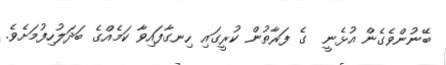
ބޭނުންވެގެން އުޅެނީ  ގެ ފަރާތުން ކުރީގައި ހިނގާފައިވާ ކަމެއްގެ ބަދަލުހިފުމަށެވެ.